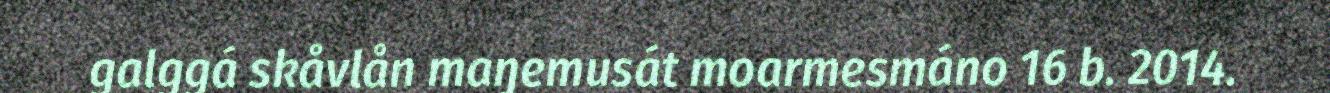
galggá skåvlån maŋemusát moarmesmáno 16 b. 2014.